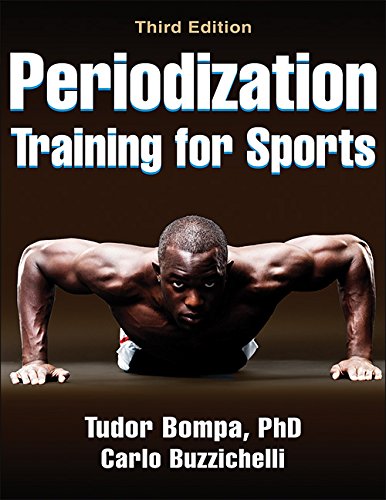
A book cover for Periodization Training for Sports-3rd Edition; Tudor Bompa; Health, Fitness & Dieting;